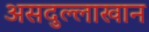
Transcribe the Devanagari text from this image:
असदुल्लाखान